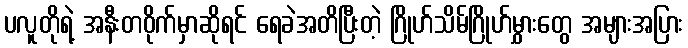
ပလူတိုရဲ့ အနီးတဝိုက်မှာဆိုရင် ရေခဲအတိပြီးတဲ့ ဂြိုဟ်သိမ်ဂြိုဟ်မွှားတွေ အများအပြား